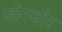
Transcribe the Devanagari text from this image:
जोरजोर